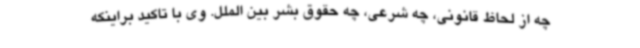
چه از لحاظ قانونی، چه شرعی، چه حقوق بشر بین الملل. وی با تاکید براینکه